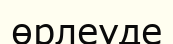
өрлеуде